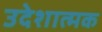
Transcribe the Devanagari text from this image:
उदेशात्मक